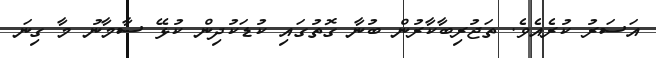
އަސަރު ކުރެއެވެ. ތަޖުރިބާކާރުން ބުނާ ގޮތުގައި ކުޑަކުދިން ކުޅޭ ސާމާނު މާ ގިނަ